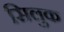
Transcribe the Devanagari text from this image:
सिलुक